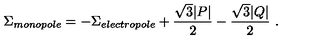
\Sigma _ { m o n o p o l e } = - \Sigma _ { e l e c t r o p o l e } + { \frac { \sqrt 3 | P | } { 2 } } - { \frac { \sqrt 3 | Q | } { 2 } } \ .